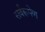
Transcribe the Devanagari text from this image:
सर्वरूपेण